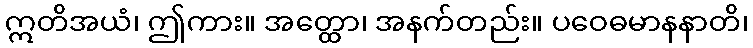
ဣတိအယံ၊ ဤကား။ အတ္ထော၊ အနက်တည်း။ ပဝေဓမာနနာတိ၊